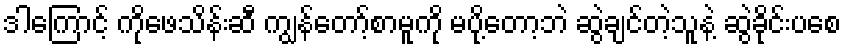
ဒါကြောင့် ကိုဖေသိန်းဆီ ကျွန်တော့်စာမူကို မပို့တော့ဘဲ ဆွဲချင်တဲ့သူနဲ့ ဆွဲခိုင်းပစေ